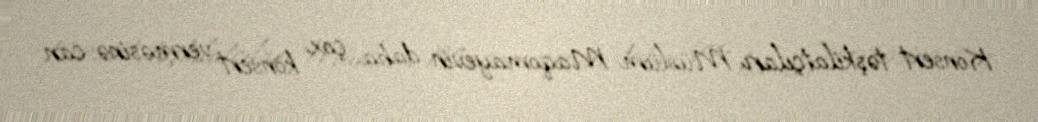
Konsert təşkilatçıları Müslüm Maqomayevin daha çox konsert verməsinə can